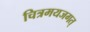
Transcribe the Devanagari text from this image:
चित्रमयजगत्‌